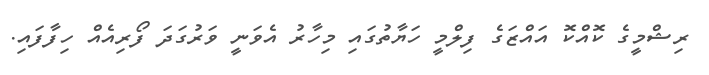
ރިޝްމީގެ ކޮއްކޮ އައްޒަގެ ފިލްމީ ހަޔާތުގައި މިހާރު އެވަނީ ވަރުގަދަ ފޯރިއެއް ހިފާފައި.